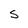
Character: s